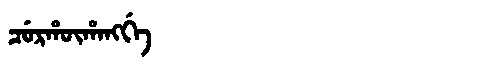
Manchu: ᠴᡠᡵᡥᡡᡥᠠᠩᡤᡝ
Romanization: CURHŪHANGGE